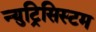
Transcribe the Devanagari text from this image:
न्युट्रिसिस्टम